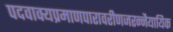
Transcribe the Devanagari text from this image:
पदवाक्यप्रमाणपारावरीणजरन्नैयायिक